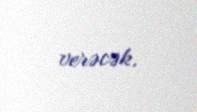
verəcək.